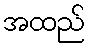
အထည်